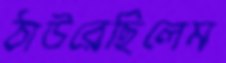
ঠাউরেছিলেম